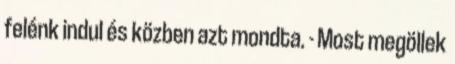
felénk indul és közben azt mondta. - Most megöllek